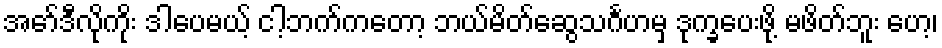
အော်ဒီလိုကိုး ဒါပေမယ့် ငါ့ဘက်ကတော့ ဘယ်မိတ်ဆွေသင်္ဂဟမှ ဒုက္ခပေးဖို့ မဖိတ်ဘူး ဟေ့၊